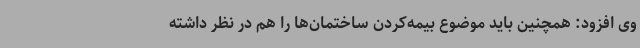
وی افزود: همچنین باید موضوع بیمه‌کردن ساختمان‌ها را هم در نظر داشته